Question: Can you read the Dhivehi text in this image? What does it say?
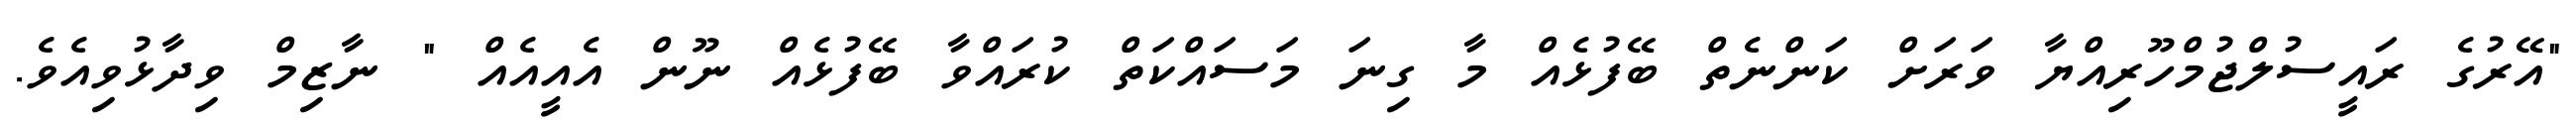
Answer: "އޭރުގެ ރައީސުލްޖުމްހޫރިއްޔާ ވަރަށް ކަންނެތް ބޭފުޅެއް މާ ގިނަ މަސައްކަތް ކުރައްވާ ބޭފުޅެއް ނޫން އެއީއެއް " ނާޒިމް ވިދާޅުވިއެވެ.